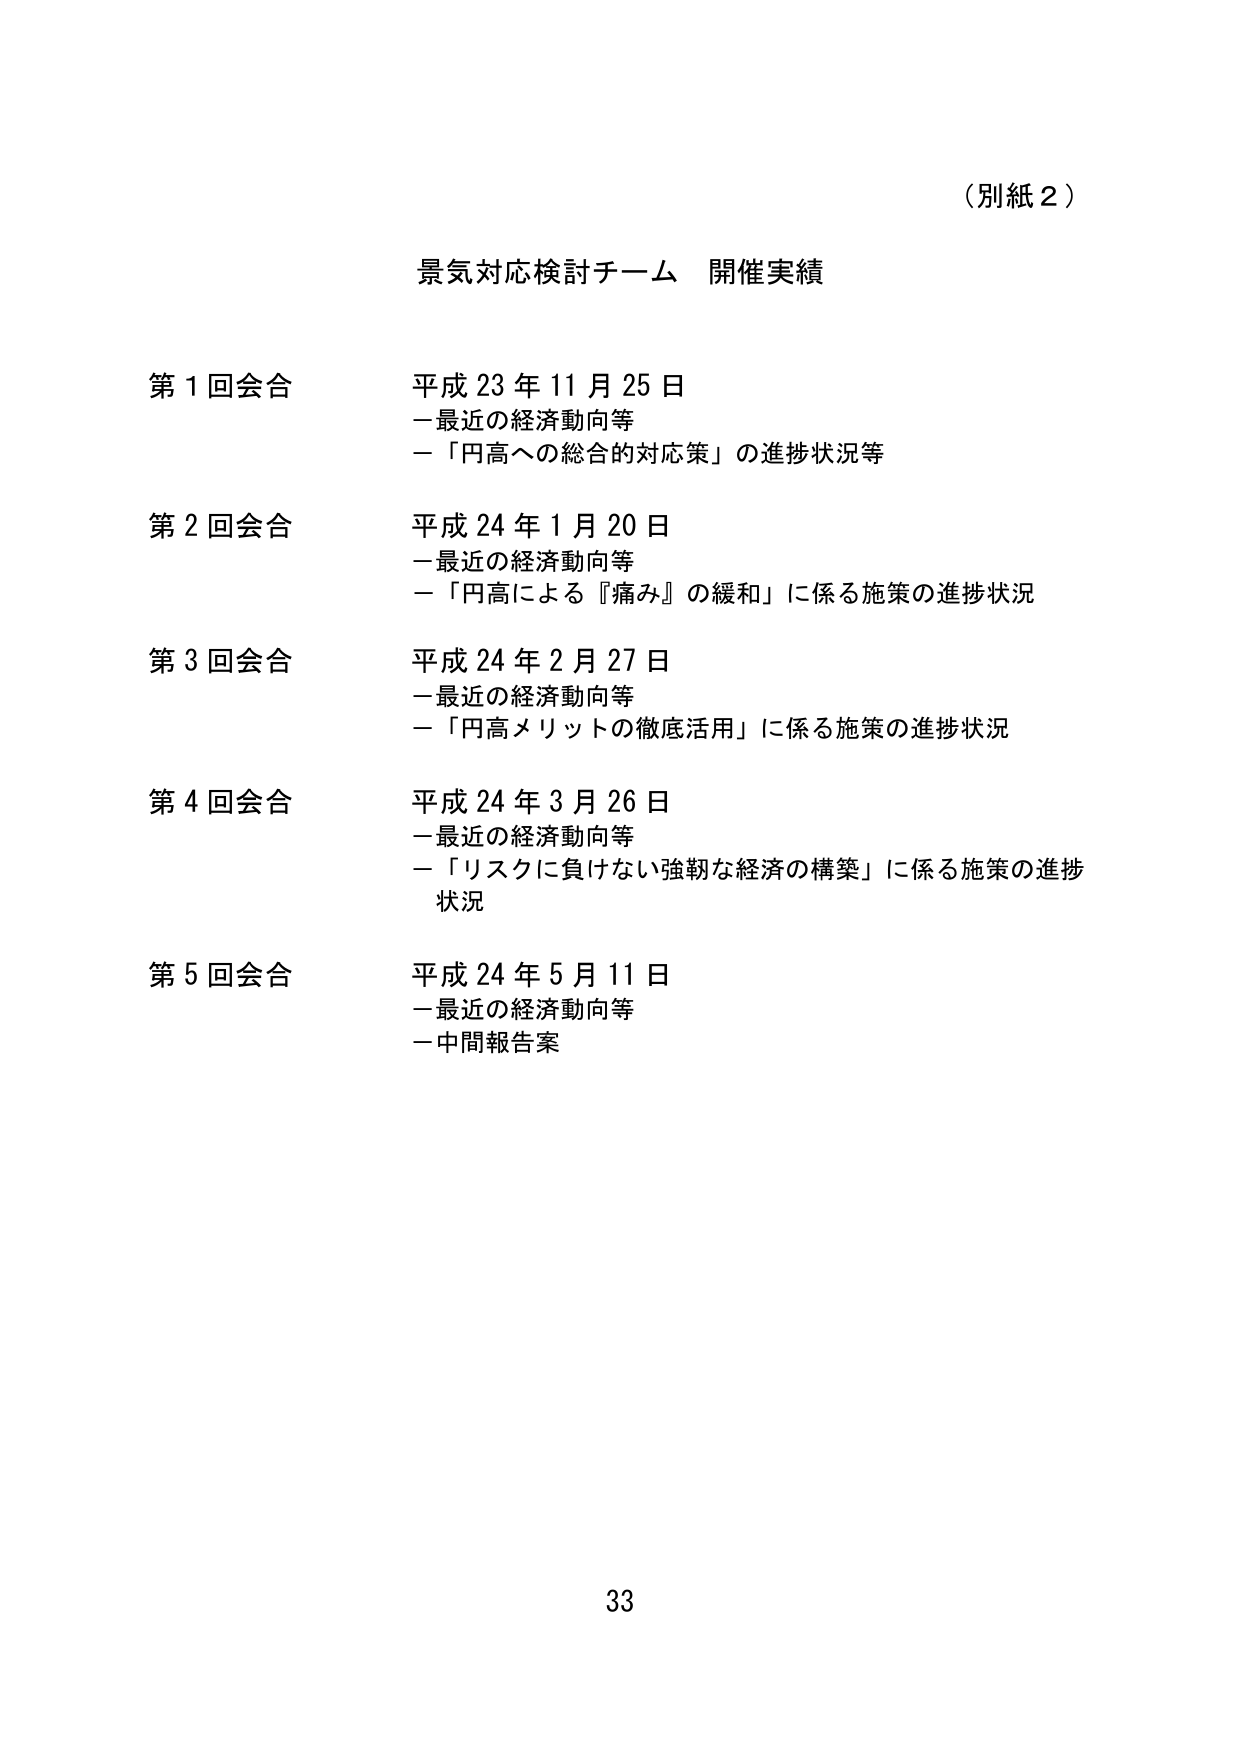
（別紙２）

景気対応検討チーム 開催実績

第１回会合 平成23年11月25日
－最近の経済動向等
－「円高への総合的対応策」の進捗状況等

第２回会合 平成24年1月20日
－最近の経済動向等
－「円高による『痛み』の緩和」に係る施策の進捗状況

第３回会合 平成24年2月27日
－最近の経済動向等
－「円高メリットの徹底活用」に係る施策の進捗状況

第４回会合 平成24年3月26日
－最近の経済動向等
－「リスクに負けない強靭な経済の構築」に係る施策の進捗状況

第５回会合 平成24年5月11日
－最近の経済動向等
－中間報告案

33